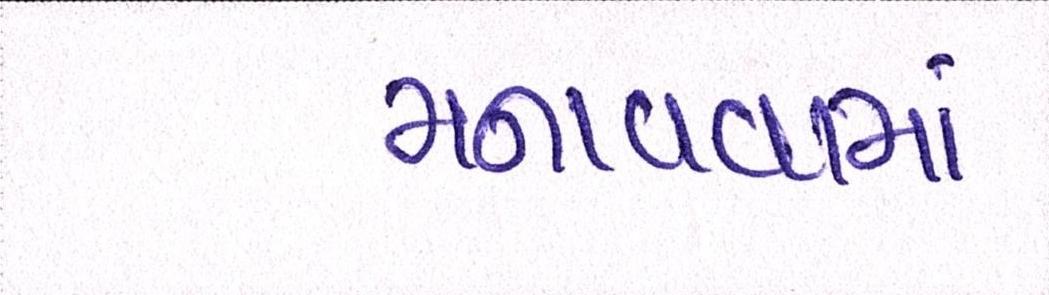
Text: મનાવવામાં